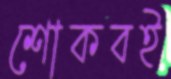
শোকবই